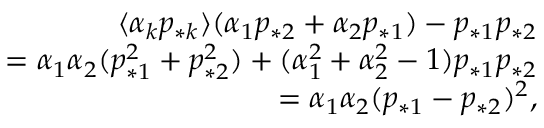
\begin{array} { r } { \langle \alpha _ { k } p _ { * k } \rangle ( \alpha _ { 1 } p _ { * 2 } + \alpha _ { 2 } p _ { * 1 } ) - p _ { * 1 } p _ { * 2 } } \\ { = \alpha _ { 1 } \alpha _ { 2 } ( p _ { * 1 } ^ { 2 } + p _ { * 2 } ^ { 2 } ) + ( \alpha _ { 1 } ^ { 2 } + \alpha _ { 2 } ^ { 2 } - 1 ) p _ { * 1 } p _ { * 2 } } \\ { = \alpha _ { 1 } \alpha _ { 2 } ( p _ { * 1 } - p _ { * 2 } ) ^ { 2 } , } \end{array}